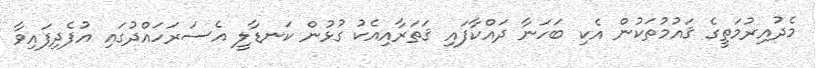
މެދުއިރުމަތީގެ ޤައުމުތަކުން އެކި ބަހަނާ ދައްކާފައި ޤަތަރާއިއެކު ގުޅުން ކަނޑާލީ އެސަރަހައްދުގައި އުފެދިފައިވާ